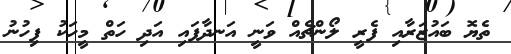
ތެޔޮ ބައުޒަރާއި ފެރީ ލޯންޗެއް ވަނީ އަނދާފައި އަދި ހަތް މީހަކު ފިހުނު